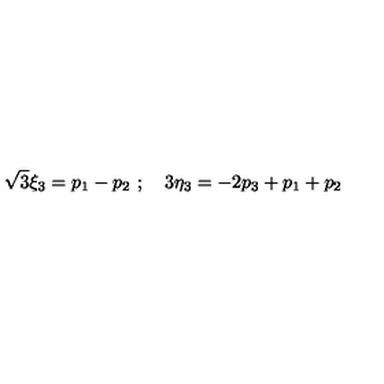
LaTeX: { \sqrt 3 } { \xi } _ { 3 } = p _ { 1 } - p _ { 2 } \ ; \quad 3 { \eta } _ { 3 } = - 2 p _ { 3 } + p _ { 1 } + p _ { 2 }